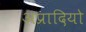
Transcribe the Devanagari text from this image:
अप्रादियो